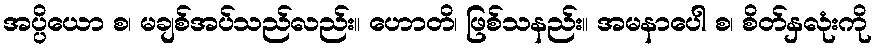
အပ္ပိယော စ၊ မချစ်အပ်သည်လည်း။ ဟောတိ၊ ဖြစ်သနည်း။ အမနာပေါ စ၊ စိတ်နှလုံးကို